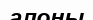
алоны